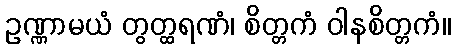
ဥဏ္ဏာမယံ တွတ္ထရဏံ၊ စိတ္တကံ ဝါနစိတ္တကံ။